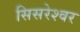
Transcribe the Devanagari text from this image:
सिसरेश्वर